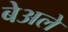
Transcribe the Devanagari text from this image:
बेअले